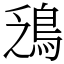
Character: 鴔